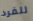
للفرد